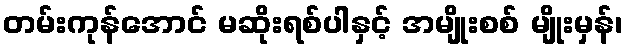
တမ်းကုန်အောင် မဆိုးရစ်ပါနှင့် အမျိုးစစ် မျိုးမှန်၊